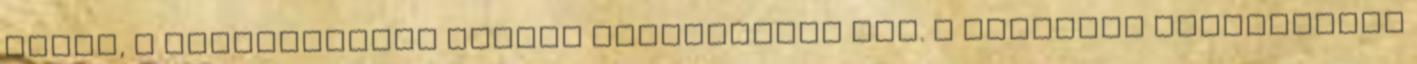
alatt, a dokumentumok között találhattok meg. A táblázat tartalmazza